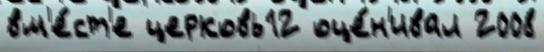
вм'е́ст'е церковь12 оце́н'ивал 2008